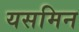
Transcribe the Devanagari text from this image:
यसमिन